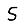
Digit: 5